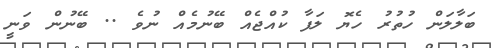
ބަލާލަން ހުތުރު ހެޔޮ ލަފާ ކުއްޖެއް ބޭނުމެއް ނުވެ .. ބޭނުން ވަނީ